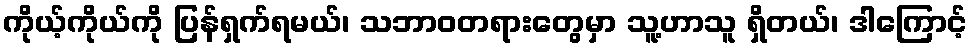
ကိုယ့်ကိုယ်ကို ပြန်ရှက်ရမယ်၊ သဘာဝတရားတွေမှာ သူ့ဟာသူ ရှိတယ်၊ ဒါကြောင့်